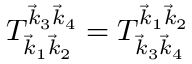
T _ { \vec { k } _ { 1 } \vec { k } _ { 2 } } ^ { \vec { k } _ { 3 } \vec { k } _ { 4 } } = T _ { \vec { k } _ { 3 } \vec { k } _ { 4 } } ^ { \vec { k } _ { 1 } \vec { k } _ { 2 } }